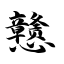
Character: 戆